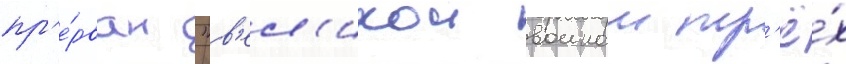
пр'е́рван "в'ел'икои воинои тр'ё́х